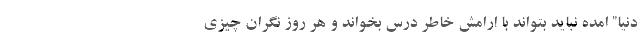
دنیا” امده نباید بتواند با ارامش خاطر درس بخواند و هر روز نگران چیزی